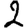
Digit: 2